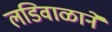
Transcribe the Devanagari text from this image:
लडिवाळाने